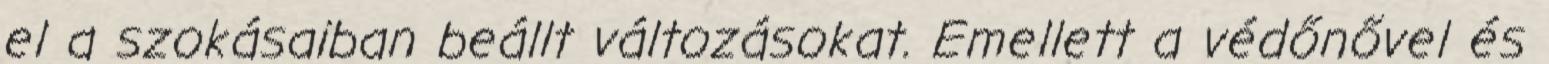
el a szokásaiban beállt változásokat. Emellett a védőnővel és